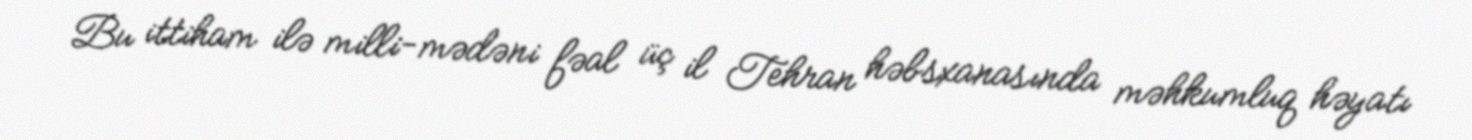
Bu ittiham ilə milli-mədəni fəal üç il Tehran həbsxanasında məhkumluq həyatı